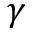
\gamma